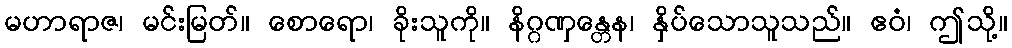
မဟာရာဇ၊ မင်းမြတ်။ စောရော၊ ခိုးသူကို။ နိဂ္ဂဏှန္တေန၊ နှိပ်သောသူသည်။ ဧဝံ၊ ဤသို့။